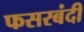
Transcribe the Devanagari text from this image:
फसरबंदी